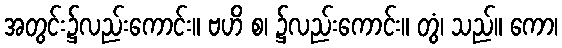
အတွင်း၌လည်းကောင်း။ ဗဟိ စ၊ ၌လည်းကောင်း။ တွံ၊ သည်။ ကော၊